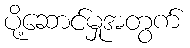
ပို့ဆောင်မှုအတွက်